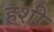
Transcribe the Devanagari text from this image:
हशी